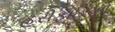
હરીફાઇઓ